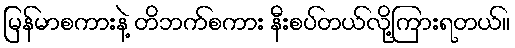
မြန်မာစကားနဲ့ တိဘက်စကား နီးစပ်တယ်လို့ကြားရတယ်။